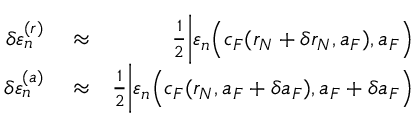
\begin{array} { r l r } { \delta \varepsilon _ { n } ^ { ( r ) } } & { { } \approx } & { \frac { 1 } { 2 } \bigg | \varepsilon _ { n } \Big ( c _ { F } ( r _ { N } + \delta r _ { N } , a _ { F } ) , a _ { F } \Big ) } \\ { \delta \varepsilon _ { n } ^ { ( a ) } } & { { } \approx } & { \frac { 1 } { 2 } \bigg | \varepsilon _ { n } \Big ( c _ { F } ( r _ { N } , a _ { F } + \delta a _ { F } ) , a _ { F } + \delta a _ { F } \Big ) } \end{array}